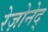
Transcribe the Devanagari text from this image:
रेज़ोनेद्